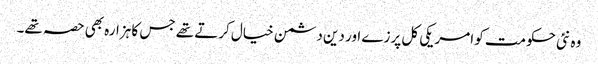
وہ نئی حکومت کو امریکی کل پرزے اور دین دشمن خیال کرتے تھے جس کا ہزارہ بھی حصہ تھے۔